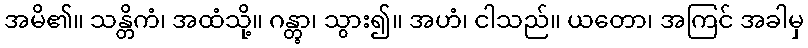
အမိ၏။ သန္တိကံ၊ အထံသို့။ ဂန္တွာ၊ သွား၍။ အဟံ၊ ငါသည်။ ယတော၊ အကြင် အခါမှ